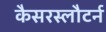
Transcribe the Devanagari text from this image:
कैसरस्लौटर्न